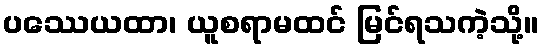
ပဿေယထာ၊ ယူစရာမထင် မြင်ရသကဲ့သို့။